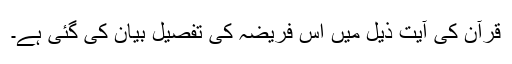
قرآن کی آیتِ ذیل میں اس فریضہ کی تفصیل بیان کی گئی ہے۔